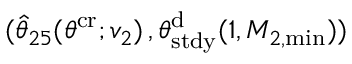
( \hat { \theta } _ { 2 5 } ( \theta ^ { \mathrm { c r } } ; v _ { 2 } ) \, , \theta _ { \mathrm { s t d y } } ^ { \mathrm { d } } ( 1 , M _ { 2 , \operatorname* { m i n } } ) )